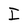
Character: I